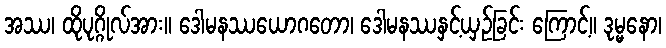
အဿ၊ ထိုပုဂ္ဂိုလ်အား။ ဒေါမနဿယောဂတော၊ ဒေါမနဿနှင့်ယှဉ်ခြင်း ကြောင့်။ ဒုမ္မနော၊